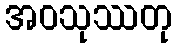
အဝသုဿတု